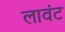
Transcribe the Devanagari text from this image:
लावंट